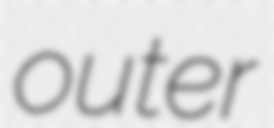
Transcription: outer